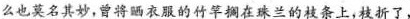
么也莫名其妙，曾将晒衣服的竹竿搁在珠兰的枝条上，枝折了，